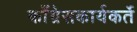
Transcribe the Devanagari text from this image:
काँग्रेसकार्यकर्ते